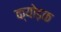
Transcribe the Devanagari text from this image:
क्योड़क